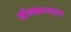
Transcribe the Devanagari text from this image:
सोमनाथला